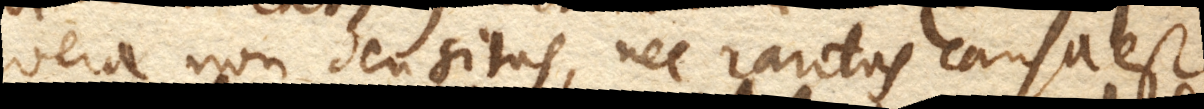
revera non densitas, nec raritas causa est